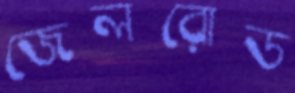
জেলরোড